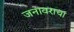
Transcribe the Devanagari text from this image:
जनावराचा